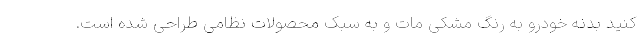
کنید بدنه خودرو به رنگ مشکی مات و به سبک محصولات نظامی طراحی شده است.